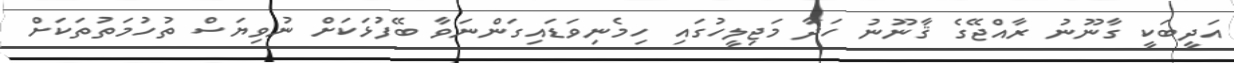
އަދީބަކީ ގާނޫނު ރާއްޖޭގެ ޤާނޫނު ހަދާ މަޖިލީހުގައި ހިމެނިވަޑައިގަންނަވާ ބޭފުޅަކަށް ނުވިޔަސް ތުހުމަތުތަކަށް